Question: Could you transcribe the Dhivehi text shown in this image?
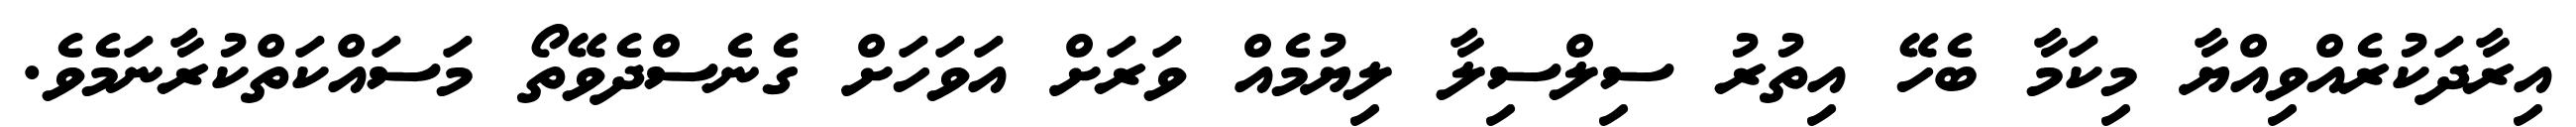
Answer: އިރާދަކުރެއްވިއްޔާ މިކަމާ ބެހޭ އިތުރު ސިލްސިލާ ލިޔުމެއް ވަރަށް އަވަހަށް ގެނެސްދެވޭތޯ މަސައްކަތްކުރާނަމެވެ.